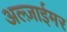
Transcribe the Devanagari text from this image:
अल्ज़ाईमर